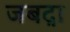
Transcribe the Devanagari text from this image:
जबद़ा